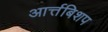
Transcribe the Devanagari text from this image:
आर्त्तबिशप